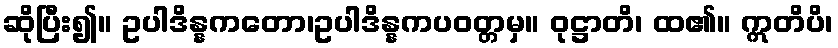
ဆိုပြီး၍။ ဥပါဒိန္နကတော၊ဥပါဒိန္နကပဝတ္တမှ။ ဝုဋ္ဌာတိ၊ ထ၏။ ဣတိပိ၊